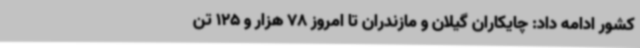
کشور ادامه داد: چایکاران گیلان و مازندران تا امروز 78 هزار و 125 تن